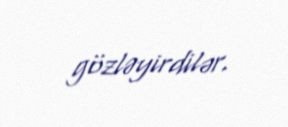
gözləyirdilər.